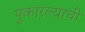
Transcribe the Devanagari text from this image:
पुकारल्याची